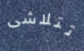
تتلاشى